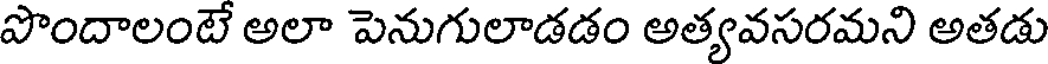
పొందాలంటే అలా పెనుగులాడడం అత్యవసరమని అతడు